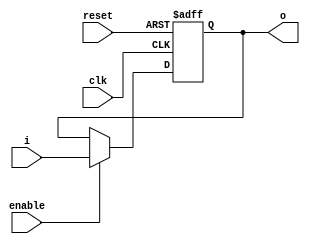
module register(o,i,clk,enable, reset);
input [31:0] i;
input enable;
input clk, reset;
output [31:0] o;

reg [31:0] o;





always @(posedge clk or posedge reset)
begin
    if(reset==1'b1) begin
        o=0;
    end
    else if(enable==1'b1) begin
        o=i;
    end
    else begin
        ;
    end
end

endmodule